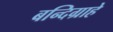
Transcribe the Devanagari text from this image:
बन्दिग्राहे